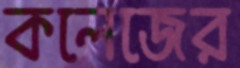
কলেজের